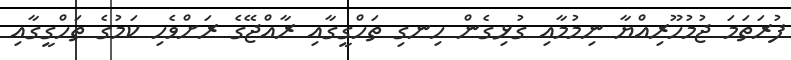
ފުރަތަމަ ޖުމުހޫރިއްޔާ ނިމުމާއި ގުޅިގެން ހިނގި ތަހްގީގާއި ރާއްޖޭގެ ރަށްވެހި ކަމުގެ ތަހްގީގާއި